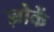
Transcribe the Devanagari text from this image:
झोकें